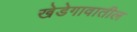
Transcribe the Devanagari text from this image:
खेडेगावातील